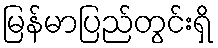
မြန်မာပြည်တွင်းရှိ